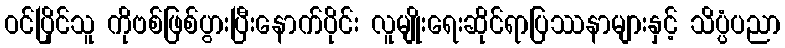
ဝင်ပြိုင်သူ ကိုဗစ်ဖြစ်ပွားပြီးနောက်ပိုင်း လူမျိုးရေးဆိုင်ရာပြဿနာများနှင့် သိပ္ပံပညာ